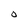
Character: O